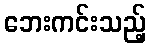
ဘေးကင်းသည့်